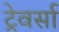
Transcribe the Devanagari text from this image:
ट्रेवर्सा